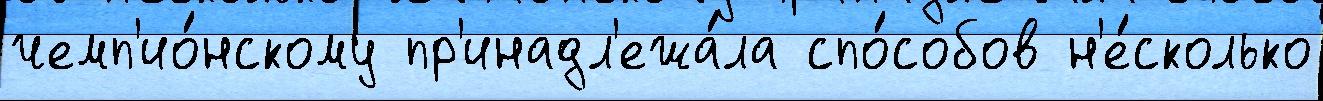
чемп'ио́нскому пр'инадл'ежа́ла спо́собов н'е́сколько